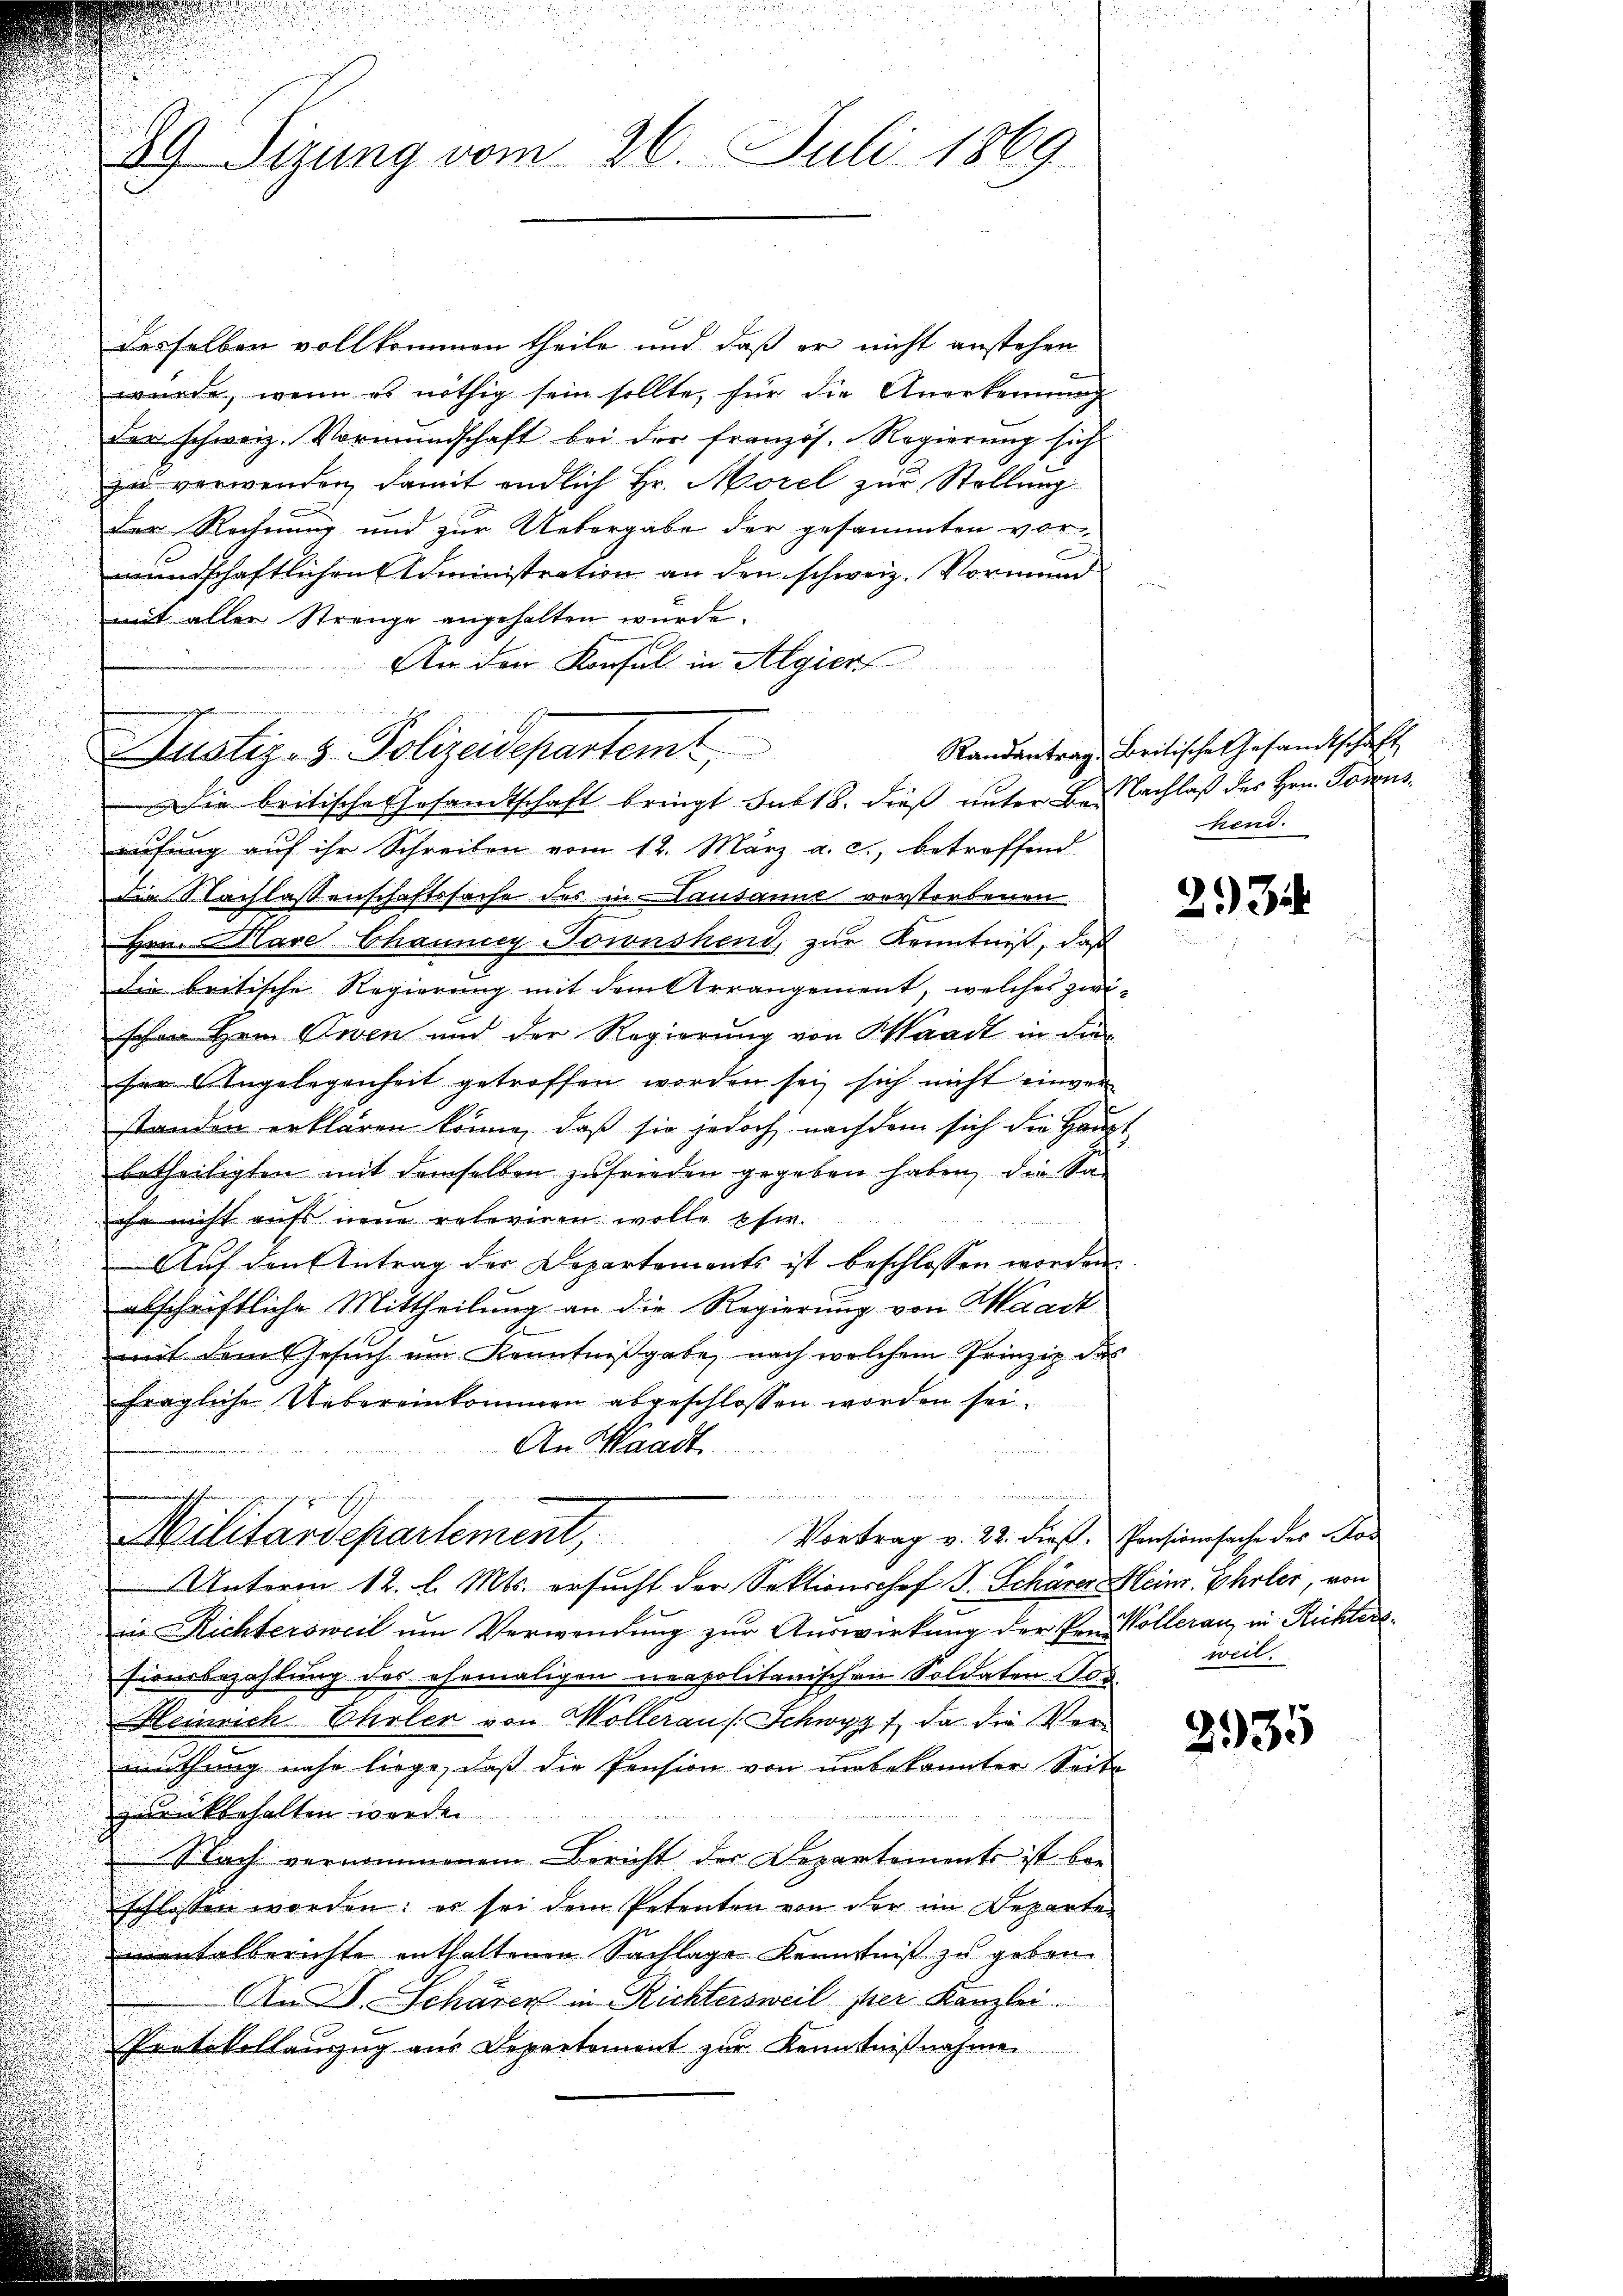
desselben vollkommen theile und daß er nicht anstehen
u
wurde, wenn es nöthig sein sollte, für die Anerkennung
¬
der schweiz. Vormundschaft bei der französ. Regierung sich
zu verwenden, damit endlich Hr. Morel zur Stellung
Der Rechnung und zur Uebergabe der gesammten vormundschaftlichen Administration an den schweiz. Normund
mit aller Strenge angehalten wurde.
An den Konsul in Algier
Die britische Ehesandtschaft bringt sub 18. dieß unter Be- Nachlaß des Hrn. Sodensrufung auf ihr Schreiben vom 12. März a. c., betreffend
die Nachlassenschaftssache des in ausanne verstorbenen
Hrn. Klare Chauney Jownshend, zur Kenntniß, daß
die britische Regierung mit dem Arrangement, welches zwischon Hein Ewen und der Regierung von Waadt in die
ser Angelegenheit getroffen werden sei, sich nicht einver
standen erklären könne, daß sie jedoch nachdem sich die Hauptbetheiligten mit demselben zufrieden gegeben haben, die Sa
ihr nicht aufs neue releviren wolle, pfer.
Auf den Antrag der Departements ist beschlossen worden.
abschriftliche Mittheilung an die Regierung von Maact
mit dem Gesuch um Kenntnißgabe, nach welchem Prinzip des
fragliche Uebereinkommen abgeschlossen worden sei.
An Waadt
Militärdepartement, Vortrag v. 22. dieß. Pensionsache des an
Unterm 12. l. Mts. ersucht der Sektionshof S. Schärer Heinr. Ehrler, von
iis Richtersweil um Verwendung zur Auswirkung der Pro Wolleranz in Richterl
sionsbezahlung des ehemaligen neapolitanischen Soldaten Jos.
Heinrich Eheler von Wollerau (Schwyz, da die Vermuthung nahe liege, daß die Pension von unbekannter Seite
zurückbehalten werden
Nach vernommenem Bericht der Departements ist bei
schlossen worden: er sei dem Petenten von der im Departe
mentalberichte enthaltenen Sachlage Kenntniß zu geben.
An D. Schärer in Richtersweil her Kanzlei.
Protokollauszug aus Departement zur Kenntnißnahme

89 Sizung vom 26. Juli 1869

Justiz- & Polizeidepartemt

Randantrag, Britische Gesandtschaft
hend.

293.

weil.

2935